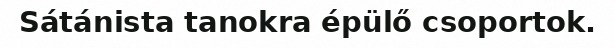
Sátánista tanokra épülő csoportok.